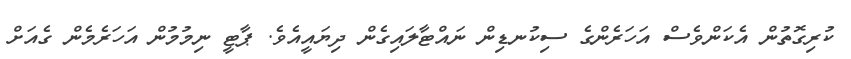
ކުރިގޮތުން އެކަންވެސް އަހަރެންގެ ސިކުނޑިން ނައްޓާލައިގެން ދިޔައީއެވެ. ޕާޓީ ނިމުމުން އަހަރެމެން ގެއަށް